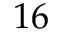
1 6